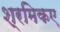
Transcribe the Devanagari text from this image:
श्रमिकए